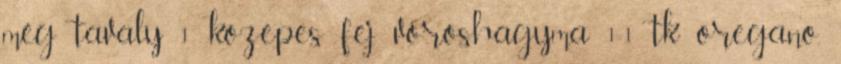
még tavaly 1 közepes fej vöröshagyma 1-1 tk oregano,